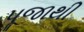
પૂજાથી